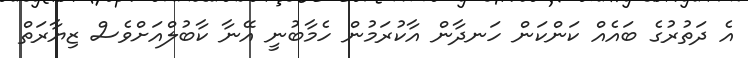
އެ ދަތުރުގެ ބައެއް ކަންކަން ހަނދާން އާކުރަމުން ހެމާބުނީ އޭނާ ކާބުލްއަށްވެސް ޒިޔާރަތް